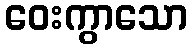
ဝေးကွာသော